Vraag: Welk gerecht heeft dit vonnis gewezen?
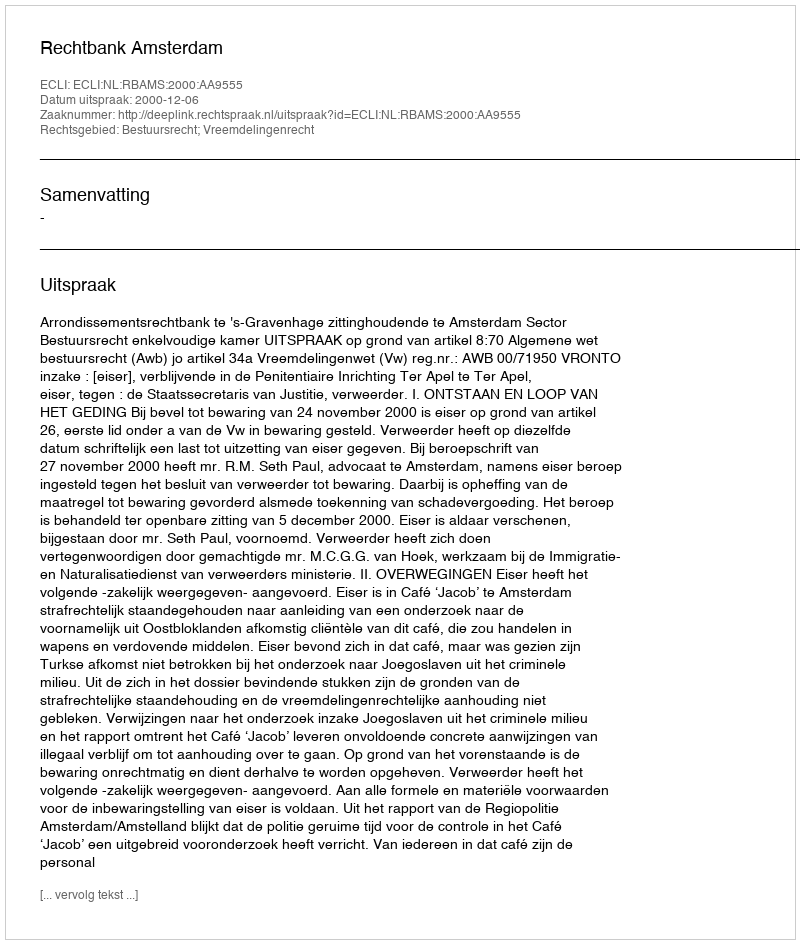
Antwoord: Rechtbank Amsterdam